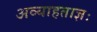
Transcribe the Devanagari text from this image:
अव्याहताज्ञः